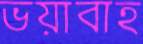
ভয়াবাহ